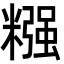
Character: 糨